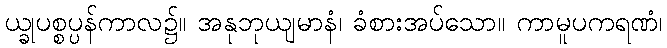
ယ္ခုပစ္စပ္ပန်ကာလ၌။ အနုဘုယျမာနံ၊ ခံစားအပ်သော။ ကာမူပကရဏံ၊